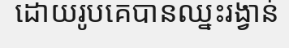
ដោយរូបគេបានឈ្នះរង្វាន់